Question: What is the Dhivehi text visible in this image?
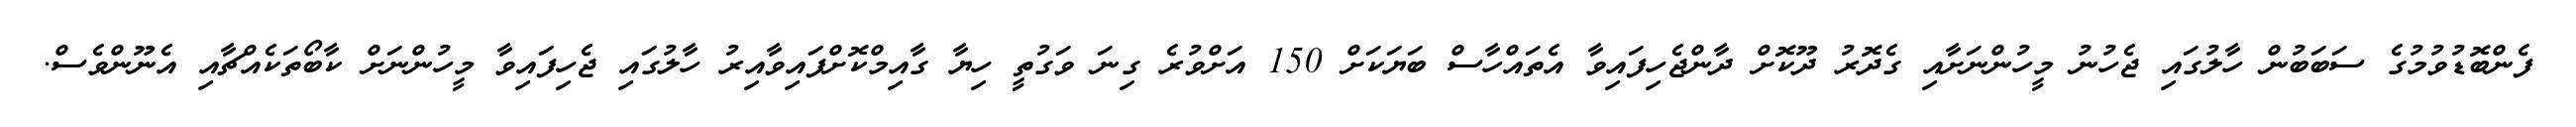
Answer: ފެންބޮޑުވުމުގެ ސަބަބުން ހާލުގައި ޖެހުނު މީހުންނަށާއި ގެދޮރު ދޫކޮށް ދާންޖެހިފައިވާ އެތައްހާސް ބަޔަކަށް 150 އަށްވުރެ ގިނަ ވަގުތީ ހިޔާ ގާއިމްކޮށްފައިވާއިރު ހާލުގައި ޖެހިފައިވާ މީހުންނަށް ކާބޯތަކެއްޗާއި އެނޫންވެސް.